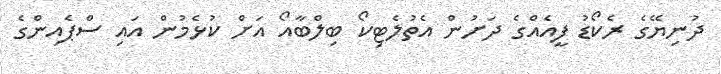
ދުނިޔޭގެ ރެކޯޑު ފީއެއްގެ ދަށުން އެތުލެޓިކޯ ބިލްބާއޯ އަށް ކުޅެމުން އައި ސްޕެއިންގެ